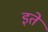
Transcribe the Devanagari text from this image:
इते